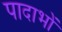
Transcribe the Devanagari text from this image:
पादाभों